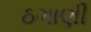
ઠગાણી